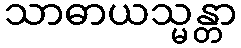
သာဓာယသ္မန္တာ